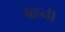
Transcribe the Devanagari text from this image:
ब्रहनी